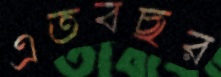
এতবছর